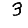
Digit: 3